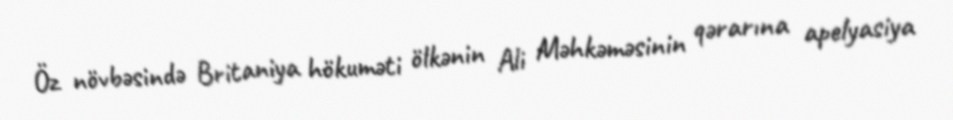
Öz növbəsində Britaniya hökuməti ölkənin Ali Məhkəməsinin qərarına apelyasiya